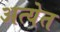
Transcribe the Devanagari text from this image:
अत्येत